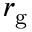
r _ { \mathrm { g } }